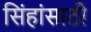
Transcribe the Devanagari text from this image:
सिंहांसाठी